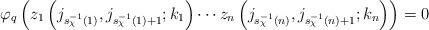
LaTeX: \begin{align*}\varphi_q\left(z_1\left(j_{s^{-1}_\chi(1)}, j_{s^{-1}_\chi(1) + 1}; k_1\right) \cdots z_n\left(j_{s^{-1}_\chi(n)}, j_{s^{-1}_\chi(n) + 1}; k_n\right) \right)= 0\end{align*}